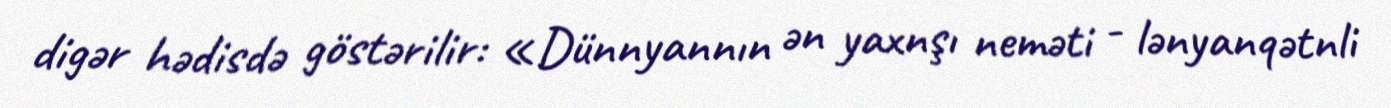
digər hədisdə göstərilir: «Dünnyannın ən yaxnşı neməti - lənyanqətnli